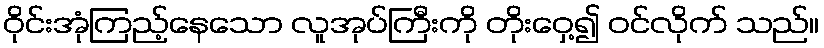
ဝိုင်းအုံကြည့်နေသော လူအုပ်ကြီးကို တိုးဝှေ့၍ ဝင်လိုက် သည်။